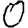
Digit: 0